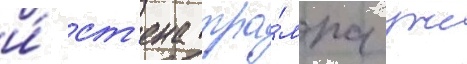
и́ ст'ена тра́мпа уже